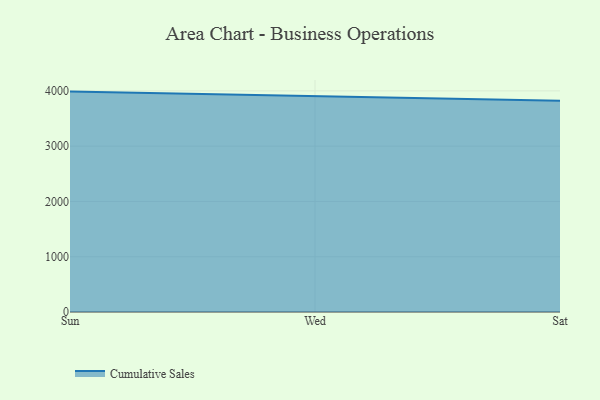
{"axis": {"x": "Day", "y": "Gross Profit (USD K)"}, "legend": ["Cumulative Sales"], "data": [{"x": "Sun", "y": 3986.8, "type": "Cumulative Sales"}, {"x": "Wed", "y": 3904.5, "type": "Cumulative Sales"}, {"x": "Sat", "y": 3819.9, "type": "Cumulative Sales"}]}